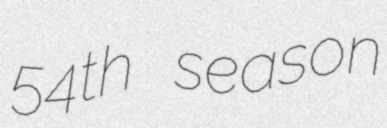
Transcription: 54th season